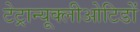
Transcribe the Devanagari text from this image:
टेट्रान्यूक्लीओटिडों